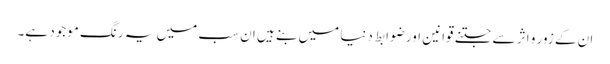
ان کے زور و اثر سے جتنے قوانین اور ضوابط دنیا میں بنے ہیں ان سب میں یہ رنگ موجود ہے۔